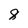
Character: 8